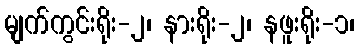
မျက်ကွင်းရိုး-၂၊ နားရိုး-၂၊ နဖူးရိုး-၁၊